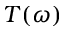
T ( \omega )